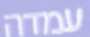
עמדה